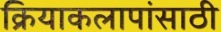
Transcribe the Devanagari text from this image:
क्रियाकलापांसाठी